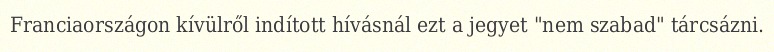
Franciaországon kívülről indított hívásnál ezt a jegyet "nem szabad" tárcsázni.